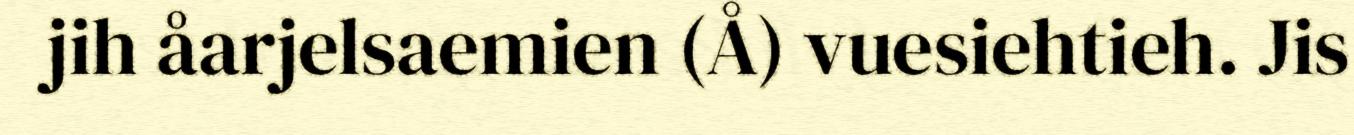
jih åarjelsaemien (Å) vuesiehtieh. Jis